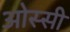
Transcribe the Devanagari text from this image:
ओस्सी